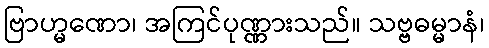
ဗြာဟ္မဏော၊ အကြင်ပုဏ္ဏားသည်။ သဗ္ဗဓမ္မာနံ၊